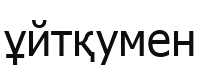
ұйтқумен